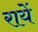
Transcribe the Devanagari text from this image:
रायें